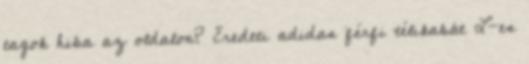
tagok hiba az oldalon? Eredeti adidas férfi télikabát L-es